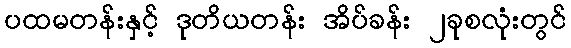
ပထမတန်းနှင့် ဒုတိယတန်း အိပ်ခန်း ၂ခုစလုံးတွင်